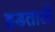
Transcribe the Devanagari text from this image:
हडतालें